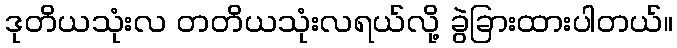
ဒုတိယသုံးလ တတိယသုံးလရယ်လို့ ခွဲခြားထားပါတယ်။